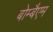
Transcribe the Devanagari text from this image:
बोम्बैएम